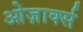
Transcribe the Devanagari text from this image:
ओज़ार्क्स